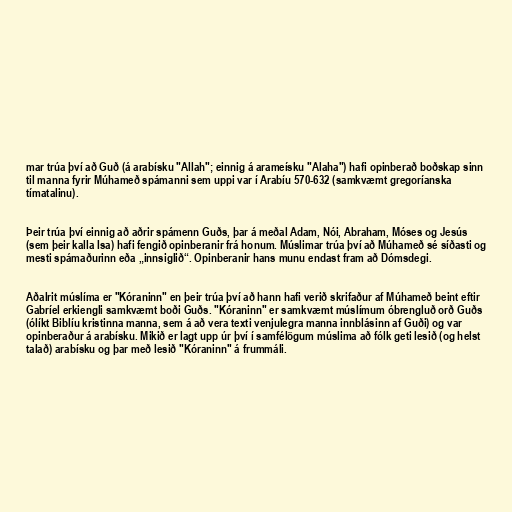
mar trúa því að Guð (á arabísku "Allah"; einnig á arameísku "Alaha") hafi opinberað boðskap sinn
til manna fyrir Múhameð spámanni sem uppi var í Arabíu 570-632 (samkvæmt gregoríanska
tímatalinu).

Þeir trúa því einnig að aðrir spámenn Guðs, þar á meðal Adam, Nói, Abraham, Móses og Jesús
(sem þeir kalla Isa) hafi fengið opinberanir frá honum. Múslimar trúa því að Múhameð sé síðasti og
mesti spámaðurinn eða „innsiglið“. Opinberanir hans munu endast fram að Dómsdegi.

Aðalrit múslíma er "Kóraninn" en þeir trúa því að hann hafi verið skrifaður af Múhameð beint eftir
Gabríel erkiengli samkvæmt boði Guðs. "Kóraninn" er samkvæmt múslímum óbrengluð orð Guðs
(ólíkt Biblíu kristinna manna, sem á að vera texti venjulegra manna innblásinn af Guði) og var
opinberaður á arabísku. Mikið er lagt upp úr því í samfélögum múslima að fólk geti lesið (og helst
talað) arabísku og þar með lesið "Kóraninn" á frummáli.